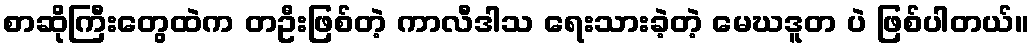
စာဆိုကြီးတွေထဲက တဦးဖြစ်တဲ့ ကာလီဒါသ ရေးသားခဲ့တဲ့ မေဃဒူတ ပဲ ဖြစ်ပါတယ်။